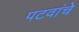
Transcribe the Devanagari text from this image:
पटवांचे